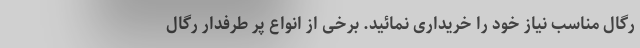
رگال مناسب نیاز خود را خریداری نمائید. برخی از انواع پر طرفدار رگال